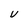
Character: v